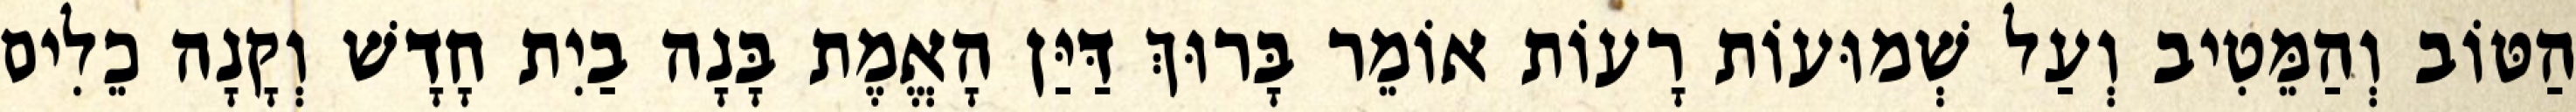
הַטּוֹב וְהַמֵּטִיב וְעַל שְׁמוּעוֹת רָעוֹת אוֹמֵר בָּרוּךְ דַּיַּן הָאֱמֶת בָּנָה בַיִת חָדָשׁ וְקָנָה כֵלִים